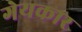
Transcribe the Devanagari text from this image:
गेयकार